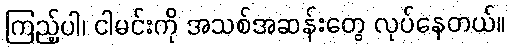
ကြည့်ပါ၊ ငါမင်းကို အသစ်အဆန်းတွေ လုပ်နေတယ်။